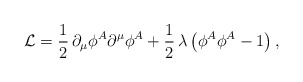
\begin{align*}{\cal L}=\frac{1}{2}\,\partial_\mu\phi^A\partial^\mu\phi^A+\frac{1}{2}\,\lambda\,\bigl(\phi^A\phi^A-1\bigr)\,,\end{align*}